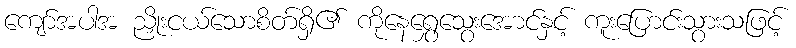
ကျော်အပါအ ညှိုးငယ်သောစိတ်ရှိ၏ ကိုနေရွှေသွေးအောင်နှင့် ကူးပြောင်းသွားသဖြင့်